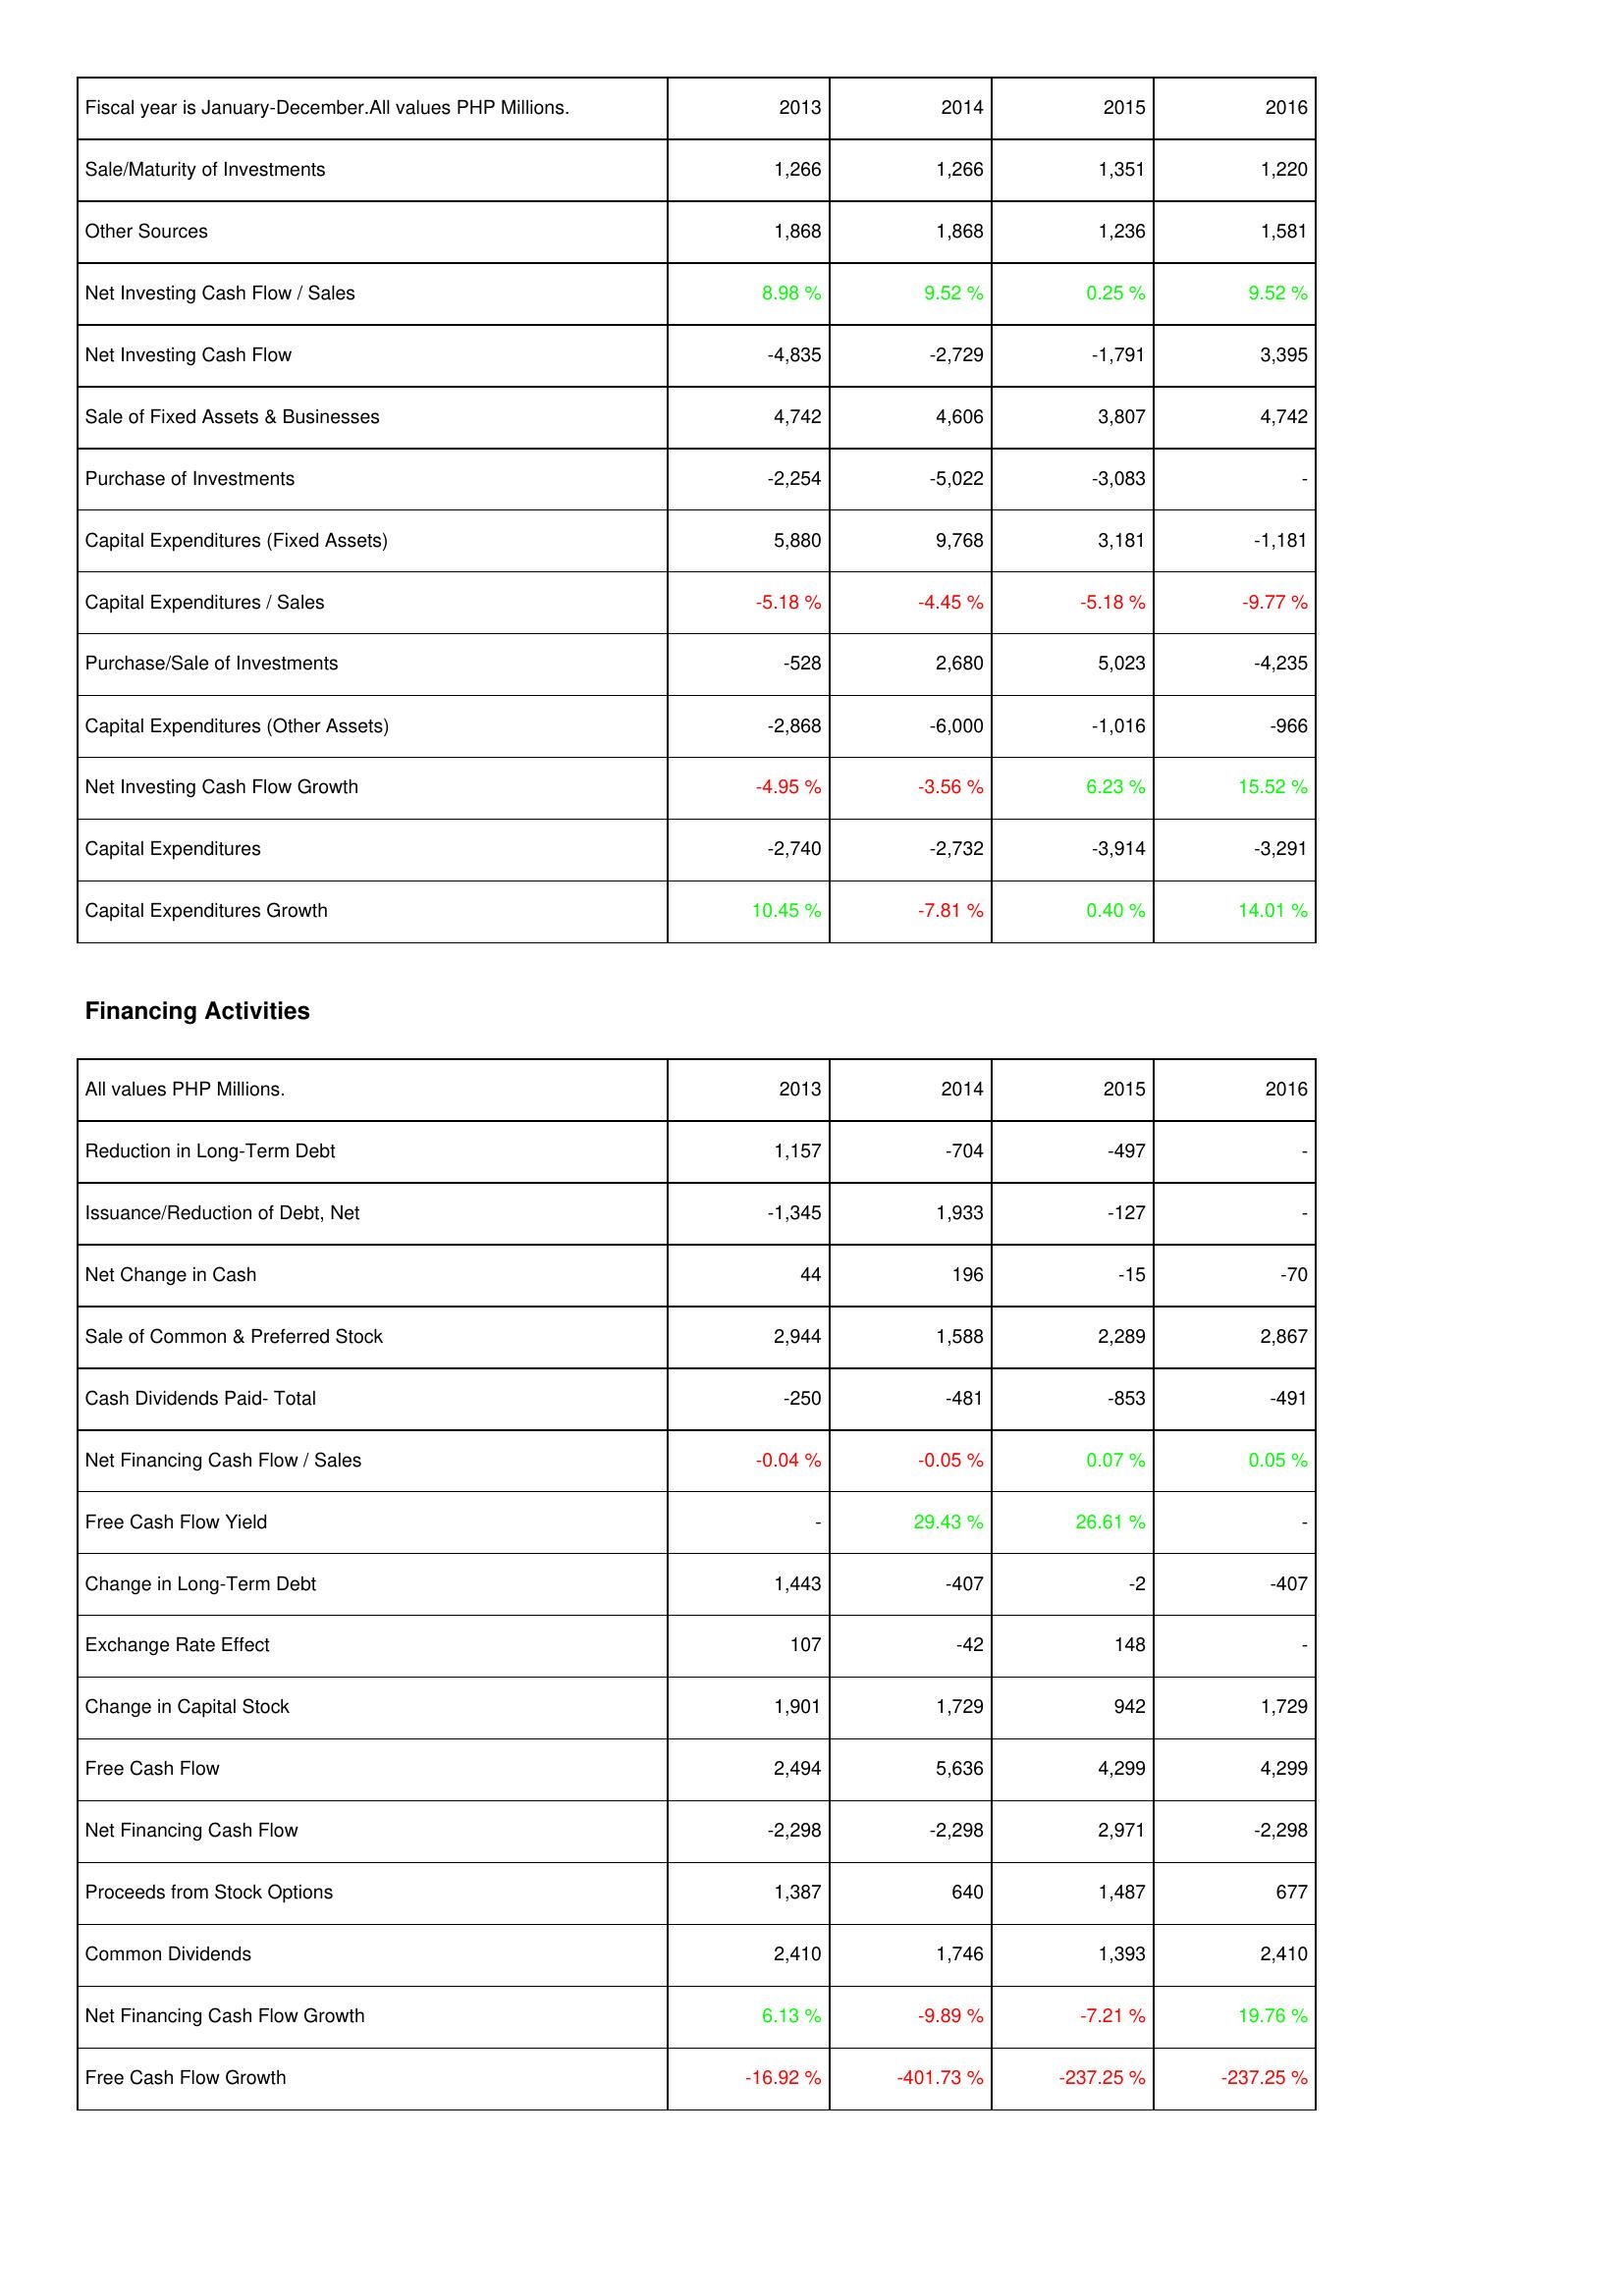
2013: Investing Activities: Sale/Maturity of Investments: 1,266
Other Sources: 1,868
Net Investing Cash Flow / Sales: 8.98 %
Net Investing Cash Flow: -4,835
Sale of Fixed Assets & Businesses: 4,742
Purchase of Investments: -2,254
Capital Expenditures (Fixed Assets): 5,880
Capital Expenditures / Sales: -5.18 %
Purchase/Sale of Investments: -528
Capital Expenditures (Other Assets): -2,868
Net Investing Cash Flow Growth: -4.95 %
Capital Expenditures: -2,740
Capital Expenditures Growth: 10.45 %
Financing Activities: Reduction in Long-Term Debt: 1,157
Issuance/Reduction of Debt, Net: -1,345
Net Change in Cash: 44
Sale of Common & Preferred Stock: 2,944
Cash Dividends Paid- Total: -250
Net Financing Cash Flow / Sales: -0.04 %
Free Cash Flow Yield: -
Change in Long-Term Debt: 1,443
Exchange Rate Effect: 107
Change in Capital Stock: 1,901
Free Cash Flow: 2,494
Net Financing Cash Flow: -2,298
Proceeds from Stock Options: 1,387
Common Dividends: 2,410
Net Financing Cash Flow Growth: 6.13 %
Free Cash Flow Growth: -16.92 %
2014: Investing Activities: Sale/Maturity of Investments: 1,266
Other Sources: 1,868
Net Investing Cash Flow / Sales: 9.52 %
Net Investing Cash Flow: -2,729
Sale of Fixed Assets & Businesses: 4,606
Purchase of Investments: -5,022
Capital Expenditures (Fixed Assets): 9,768
Capital Expenditures / Sales: -4.45 %
Purchase/Sale of Investments: 2,680
Capital Expenditures (Other Assets): -6,000
Net Investing Cash Flow Growth: -3.56 %
Capital Expenditures: -2,732
Capital Expenditures Growth: -7.81 %
Financing Activities: Reduction in Long-Term Debt: -704
Issuance/Reduction of Debt, Net: 1,933
Net Change in Cash: 196
Sale of Common & Preferred Stock: 1,588
Cash Dividends Paid- Total: -481
Net Financing Cash Flow / Sales: -0.05 %
Free Cash Flow Yield: 29.43 %
Change in Long-Term Debt: -407
Exchange Rate Effect: -42
Change in Capital Stock: 1,729
Free Cash Flow: 5,636
Net Financing Cash Flow: -2,298
Proceeds from Stock Options: 640
Common Dividends: 1,746
Net Financing Cash Flow Growth: -9.89 %
Free Cash Flow Growth: -401.73 %
2015: Investing Activities: Sale/Maturity of Investments: 1,351
Other Sources: 1,236
Net Investing Cash Flow / Sales: 0.25 %
Net Investing Cash Flow: -1,791
Sale of Fixed Assets & Businesses: 3,807
Purchase of Investments: -3,083
Capital Expenditures (Fixed Assets): 3,181
Capital Expenditures / Sales: -5.18 %
Purchase/Sale of Investments: 5,023
Capital Expenditures (Other Assets): -1,016
Net Investing Cash Flow Growth: 6.23 %
Capital Expenditures: -3,914
Capital Expenditures Growth: 0.40 %
Financing Activities: Reduction in Long-Term Debt: -497
Issuance/Reduction of Debt, Net: -127
Net Change in Cash: -15
Sale of Common & Preferred Stock: 2,289
Cash Dividends Paid- Total: -853
Net Financing Cash Flow / Sales: 0.07 %
Free Cash Flow Yield: 26.61 %
Change in Long-Term Debt: -2
Exchange Rate Effect: 148
Change in Capital Stock: 942
Free Cash Flow: 4,299
Net Financing Cash Flow: 2,971
Proceeds from Stock Options: 1,487
Common Dividends: 1,393
Net Financing Cash Flow Growth: -7.21 %
Free Cash Flow Growth: -237.25 %
2016: Investing Activities: Sale/Maturity of Investments: 1,220
Other Sources: 1,581
Net Investing Cash Flow / Sales: 9.52 %
Net Investing Cash Flow: 3,395
Sale of Fixed Assets & Businesses: 4,742
Purchase of Investments: -
Capital Expenditures (Fixed Assets): -1,181
Capital Expenditures / Sales: -9.77 %
Purchase/Sale of Investments: -4,235
Capital Expenditures (Other Assets): -966
Net Investing Cash Flow Growth: 15.52 %
Capital Expenditures: -3,291
Capital Expenditures Growth: 14.01 %
Financing Activities: Reduction in Long-Term Debt: -
Issuance/Reduction of Debt, Net: -
Net Change in Cash: -70
Sale of Common & Preferred Stock: 2,867
Cash Dividends Paid- Total: -491
Net Financing Cash Flow / Sales: 0.05 %
Free Cash Flow Yield: -
Change in Long-Term Debt: -407
Exchange Rate Effect: -
Change in Capital Stock: 1,729
Free Cash Flow: 4,299
Net Financing Cash Flow: -2,298
Proceeds from Stock Options: 677
Common Dividends: 2,410
Net Financing Cash Flow Growth: 19.76 %
Free Cash Flow Growth: -237.25 %